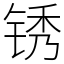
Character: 锈